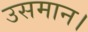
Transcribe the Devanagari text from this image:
उसमान।